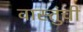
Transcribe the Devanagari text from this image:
वास्तुंची